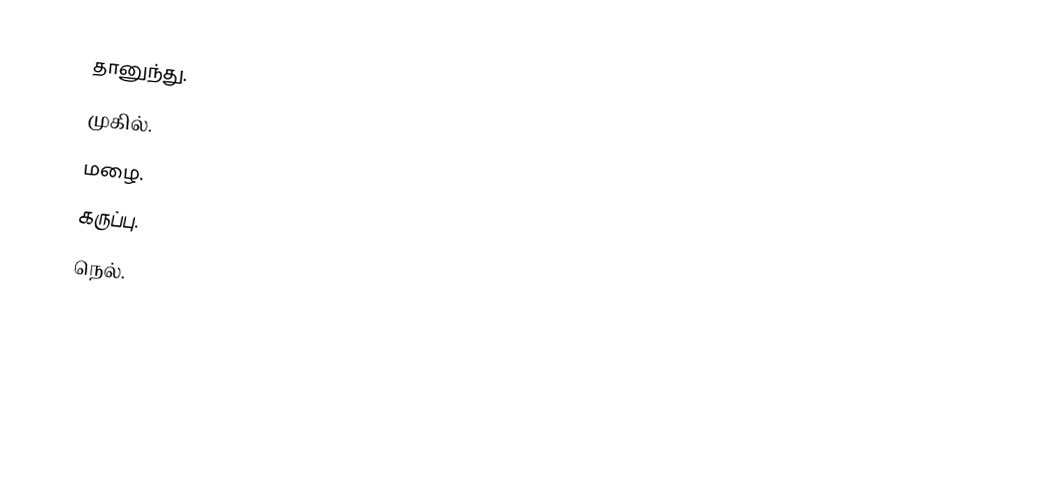
தானுந்து.
முகில்.
மழை.
கருப்பு.
நெல்.